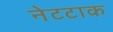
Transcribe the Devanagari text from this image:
नेटटाक